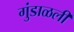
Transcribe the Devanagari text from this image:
गुंडाळली